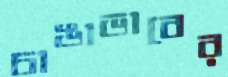
চাঙাভাবের